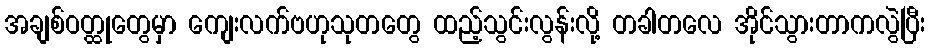
အချစ်ဝတ္ထုတွေမှာ ကျေးလက်ဗဟုသုတတွေ ထည့်သွင်းလွန်းလို့ တခါတလေ အိုင်သွားတာကလွဲပြီး